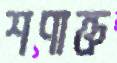
শণাক্ত